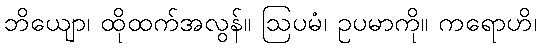
ဘိယျော၊ ထိုထက်အလွန်။ ဩပမံ၊ ဥပမာကို။ ကရောဟိ၊